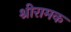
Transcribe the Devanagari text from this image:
श्रीरामक